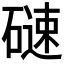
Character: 𮀼